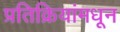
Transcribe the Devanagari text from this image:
प्रतिक्रियांमधून